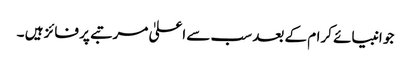
جو انبیائے کرام کے بعد سب سے اعلیٰ مرتبے پر فائز ہیں ۔